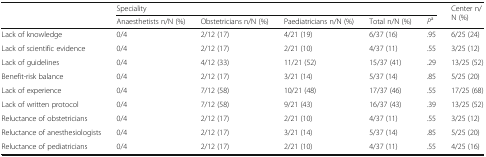
<table><thead><tr><td rowspan="2"></td><td colspan="5"><b>Speciality</b></td><td rowspan="2"><b>Center n/N (%)</b></td></tr><tr><td><b>Anaesthetists n/N (%)</b></td><td><b>Obstetricians n/N (%)</b></td><td><b>Paediatricians n/N (%)</b></td><td><b>Total n/N (%)</b></td><td><b><i>P</i><sup>a</sup></b></td></tr></thead><tbody><tr><td>Lack of knowledge</td><td>0/4</td><td>2/12 (17)</td><td>4/21 (19)</td><td>6/37 (16)</td><td>.95</td><td>6/25 (24)</td></tr><tr><td>Lack of scientific evidence</td><td>0/4</td><td>2/12 (17)</td><td>2/21 (10)</td><td>4/37 (11)</td><td>.55</td><td>3/25 (12)</td></tr><tr><td>Lack of guidelines</td><td>0/4</td><td>4/12 (33)</td><td>11/21 (52)</td><td>15/37 (41)</td><td>.29</td><td>13/25 (52)</td></tr><tr><td>Benefit-risk balance</td><td>0/4</td><td>2/12 (17)</td><td>3/21 (14)</td><td>5/37 (14)</td><td>.85</td><td>5/25 (20)</td></tr><tr><td>Lack of experience</td><td>0/4</td><td>7/12 (58)</td><td>10/21 (48)</td><td>17/37 (46)</td><td>.55</td><td>17/25 (68)</td></tr><tr><td>Lack of written protocol</td><td>0/4</td><td>7/12 (58)</td><td>9/21 (43)</td><td>16/37 (43)</td><td>.39</td><td>13/25 (52)</td></tr><tr><td>Reluctance of obstetricians</td><td>0/4</td><td>2/12 (17)</td><td>2/21 (10)</td><td>4/37 (11)</td><td>.55</td><td>3/25 (12)</td></tr><tr><td>Reluctance of anesthesiologists</td><td>0/4</td><td>2/12 (17)</td><td>3/21 (14)</td><td>5/37 (14)</td><td>.85</td><td>5/25 (20)</td></tr><tr><td>Reluctance of pediatricians</td><td>0/4</td><td>2/12 (17)</td><td>2/21 (10)</td><td>4/37 (11)</td><td>.55</td><td>4/25 (16)</td></tr></tbody></table>